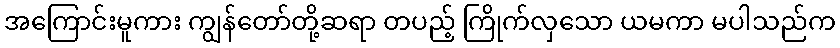
အကြောင်းမူကား ကျွန်တော်တို့ဆရာ တပည့် ကြိုက်လှသော ယမကာ မပါသည်က